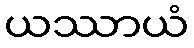
ယဿာယံ